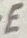
Text: E